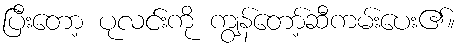
ပြီးတော့ ပုလင်းကို ကျွန်တော့်ဆီကမ်းပေး၏။